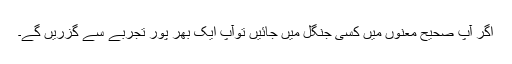
اگر آپ صحیح معنوں میں کسی جنگل میں جائیں توآپ ایک بھر پور تجربے سے گزریں گے۔